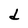
Character: d